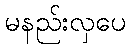
မနည်းလှပေ